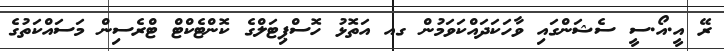
ރޭ އީ.އޯ.ސީ ސެޝަންގައި ވާހަކަދައްކަވަމުން ގއ އަތޮޅު ހޮސްޕިޓަލްގެ ކޮންޓެކްޓް ޓްރެސިން މަސައްކަތުގެ